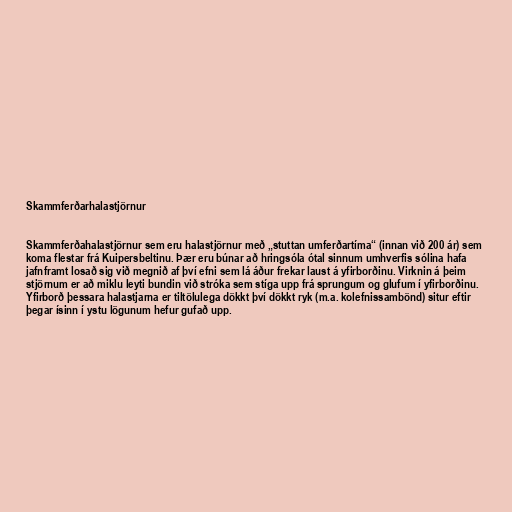
Skammferðarhalastjörnur

Skammferðahalastjörnur sem eru halastjörnur með „stuttan umferðartíma“ (innan við 200 ár) sem
koma flestar frá Kuipersbeltinu. Þær eru búnar að hringsóla ótal sinnum umhverfis sólina hafa
jafnframt losað sig við megnið af því efni sem lá áður frekar laust á yfirborðinu. Virknin á þeim
stjörnum er að miklu leyti bundin við stróka sem stíga upp frá sprungum og glufum í yfirborðinu.
Yfirborð þessara halastjarna er tiltölulega dökkt því dökkt ryk (m.a. kolefnissambönd) situr eftir
þegar ísinn í ystu lögunum hefur gufað upp.